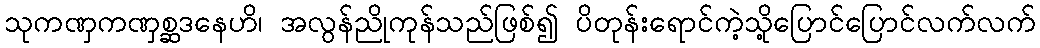
သုကဏှကဏှစ္ဆဒနေဟိ၊ အလွန်ညိုကုန်သည်ဖြစ်၍ ပိတုန်းရောင်ကဲ့သို့ပြောင်ပြောင်လက်လက်